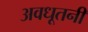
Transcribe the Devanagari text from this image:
अवधूतनी